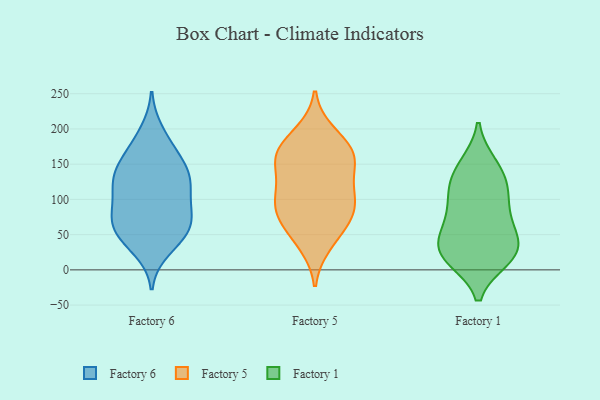
{"axis": {"x": "Page Views", "y": "Value"}, "legend": ["Factory 1", "Factory 5", "Factory 6"], "data": [{"x": "", "y": 164, "type": "Factory 6"}, {"x": "", "y": 83, "type": "Factory 6"}, {"x": "", "y": 60, "type": "Factory 6"}, {"x": "", "y": 175, "type": "Factory 6"}, {"x": "", "y": 53, "type": "Factory 6"}, {"x": "", "y": 196, "type": "Factory 6"}, {"x": "", "y": 70, "type": "Factory 6"}, {"x": "", "y": 29, "type": "Factory 6"}, {"x": "", "y": 50, "type": "Factory 6"}, {"x": "", "y": 129, "type": "Factory 6"}, {"x": "", "y": 124, "type": "Factory 6"}, {"x": "", "y": 124, "type": "Factory 6"}, {"x": "", "y": 150, "type": "Factory 6"}, {"x": "", "y": 128, "type": "Factory 6"}, {"x": "", "y": 105, "type": "Factory 6"}, {"x": "", "y": 45, "type": "Factory 6"}, {"x": "", "y": 77, "type": "Factory 6"}, {"x": "", "y": 140, "type": "Factory 6"}, {"x": "", "y": 85, "type": "Factory 6"}, {"x": "", "y": 40, "type": "Factory 5"}, {"x": "", "y": 161, "type": "Factory 5"}, {"x": "", "y": 167, "type": "Factory 5"}, {"x": "", "y": 191, "type": "Factory 5"}, {"x": "", "y": 163, "type": "Factory 5"}, {"x": "", "y": 111, "type": "Factory 5"}, {"x": "", "y": 73, "type": "Factory 5"}, {"x": "", "y": 196, "type": "Factory 5"}, {"x": "", "y": 75, "type": "Factory 5"}, {"x": "", "y": 132, "type": "Factory 5"}, {"x": "", "y": 74, "type": "Factory 5"}, {"x": "", "y": 163, "type": "Factory 5"}, {"x": "", "y": 69, "type": "Factory 5"}, {"x": "", "y": 34, "type": "Factory 5"}, {"x": "", "y": 111, "type": "Factory 5"}, {"x": "", "y": 95, "type": "Factory 5"}, {"x": "", "y": 92, "type": "Factory 5"}, {"x": "", "y": 162, "type": "Factory 5"}, {"x": "", "y": 152, "type": "Factory 5"}, {"x": "", "y": 114, "type": "Factory 5"}, {"x": "", "y": 69, "type": "Factory 1"}, {"x": "", "y": 64, "type": "Factory 1"}, {"x": "", "y": 26, "type": "Factory 1"}, {"x": "", "y": 97, "type": "Factory 1"}, {"x": "", "y": 21, "type": "Factory 1"}, {"x": "", "y": 111, "type": "Factory 1"}, {"x": "", "y": 58, "type": "Factory 1"}, {"x": "", "y": 110, "type": "Factory 1"}, {"x": "", "y": 26, "type": "Factory 1"}, {"x": "", "y": 146, "type": "Factory 1"}, {"x": "", "y": 16, "type": "Factory 1"}, {"x": "", "y": 149, "type": "Factory 1"}, {"x": "", "y": 128, "type": "Factory 1"}, {"x": "", "y": 36, "type": "Factory 1"}, {"x": "", "y": 19, "type": "Factory 1"}]}